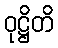
ဝုဋ္ဌိတိ